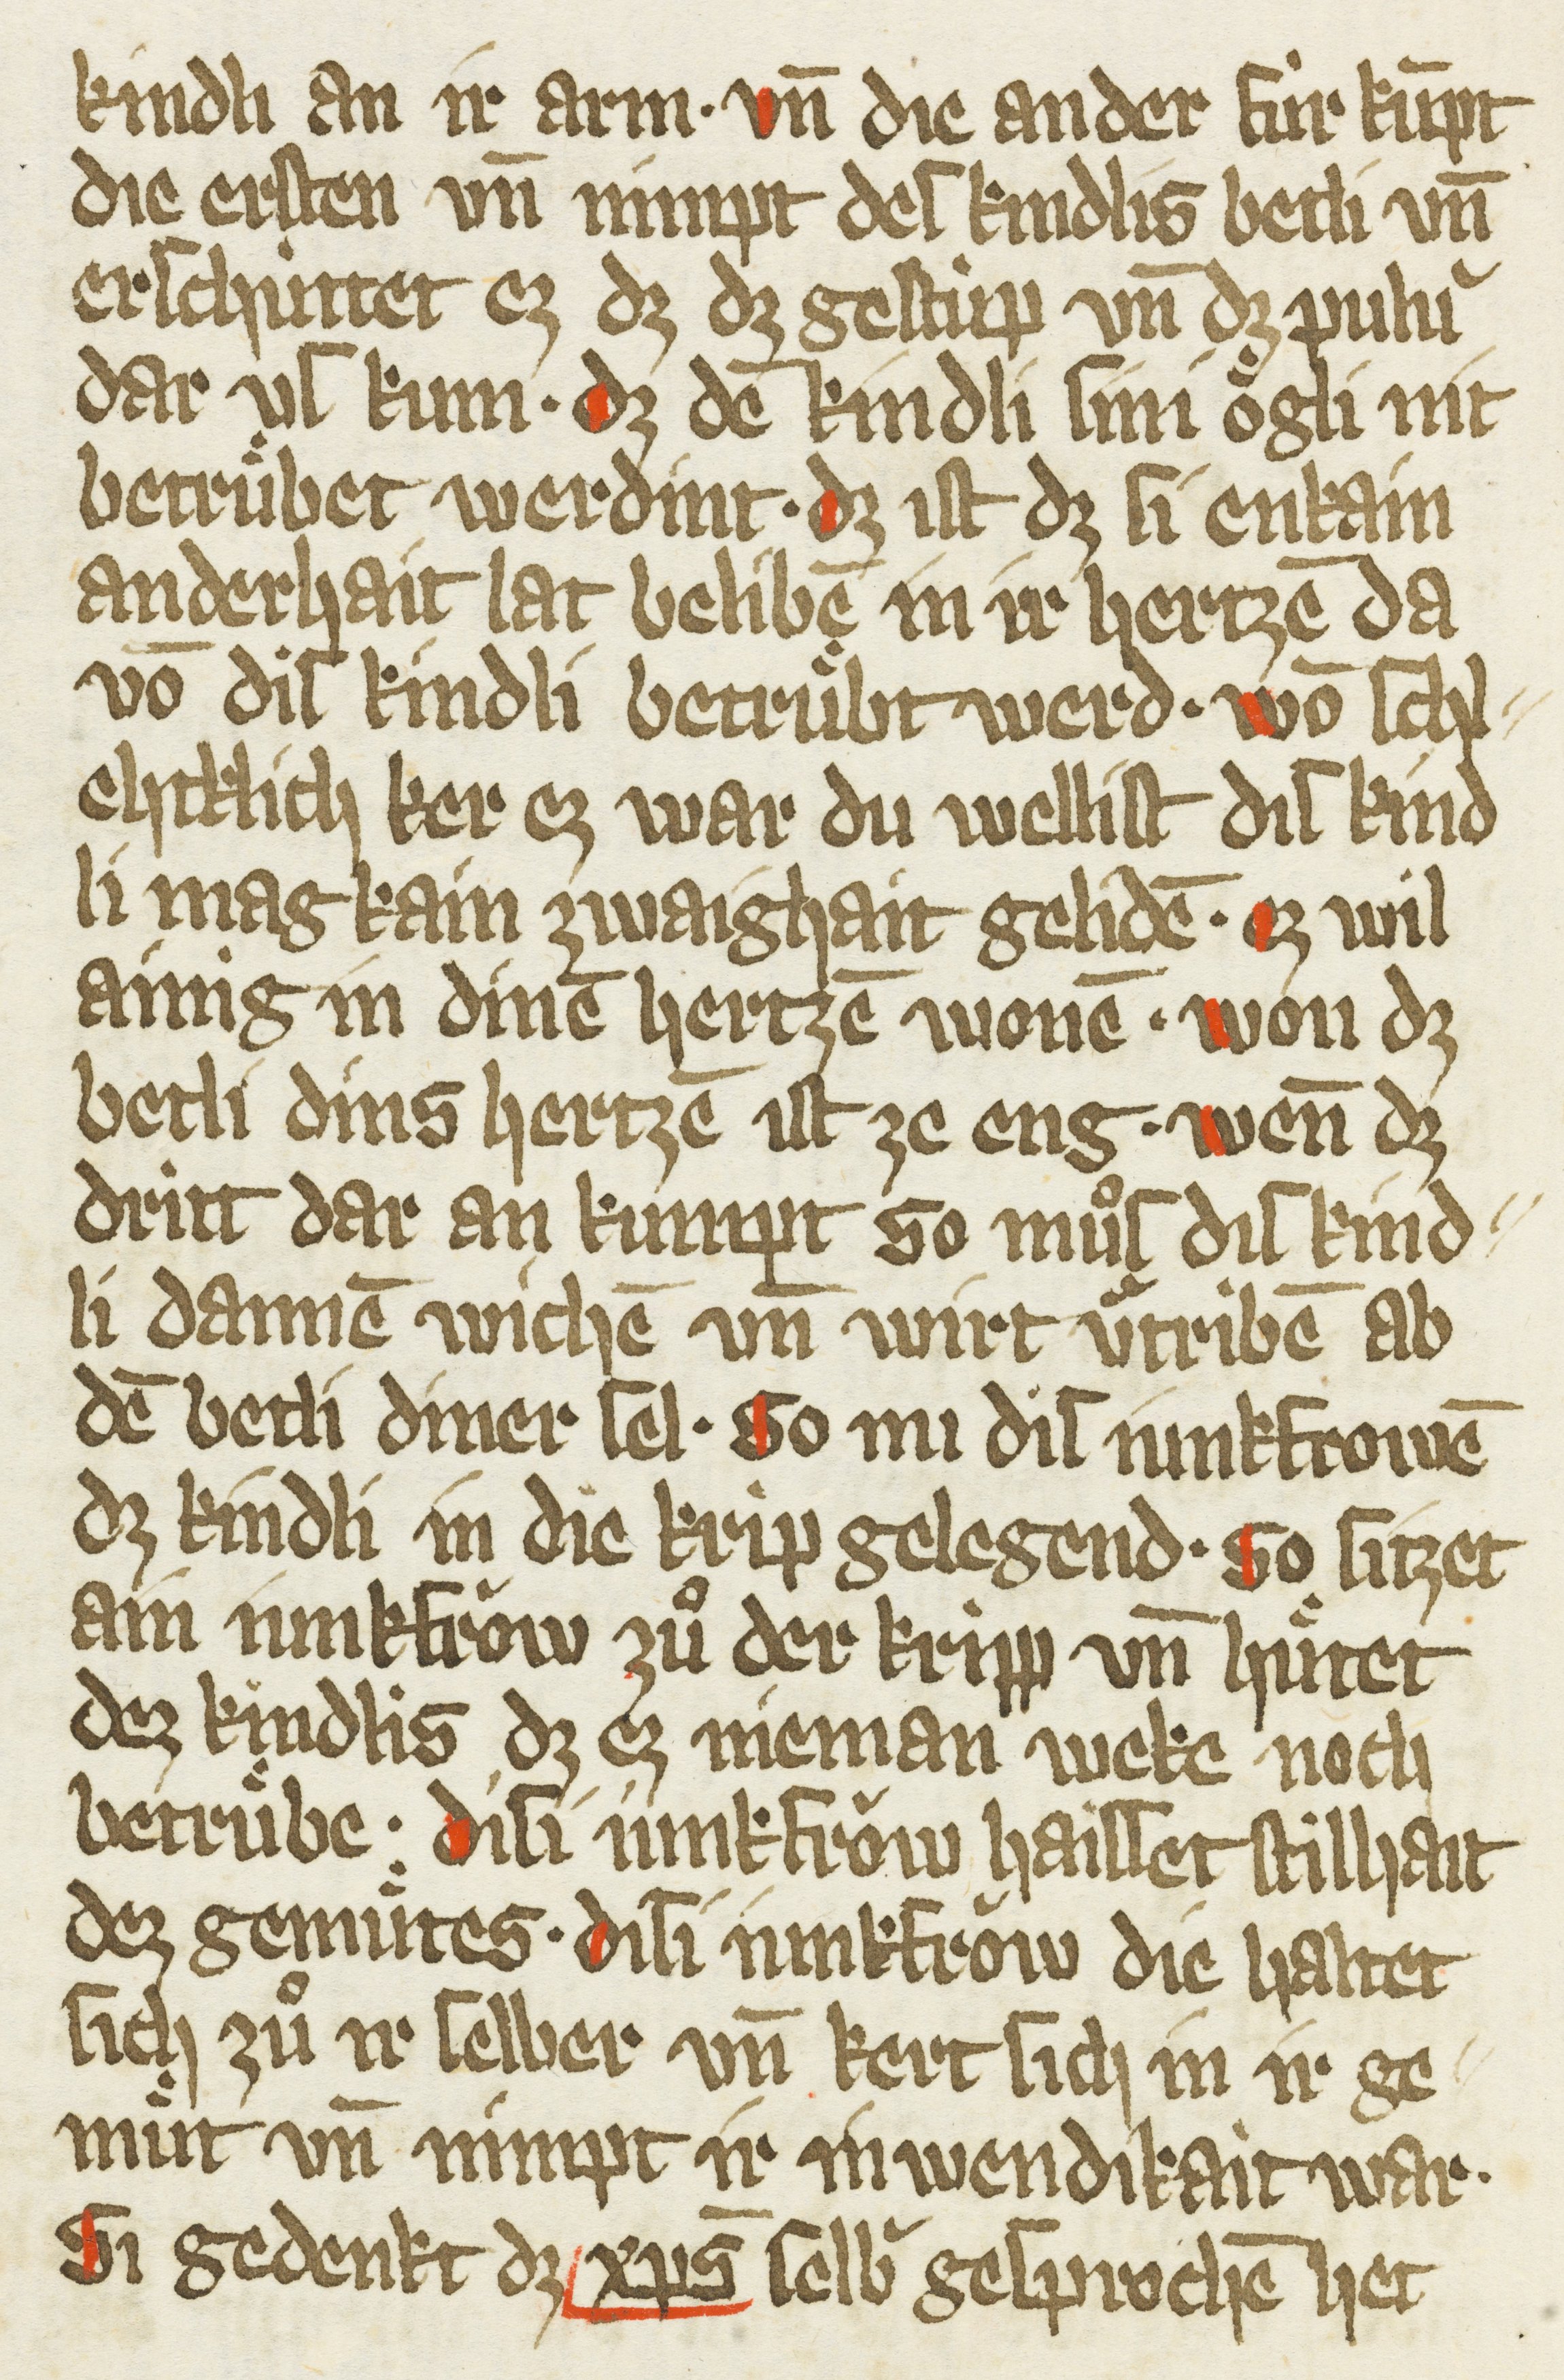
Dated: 1385–1415